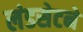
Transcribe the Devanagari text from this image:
लंडसेटने